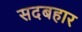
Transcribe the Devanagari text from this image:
सदबहार